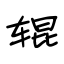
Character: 辊